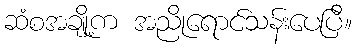
ဆံစအချို့က အညိုရောင်သန်းပေပြီ။